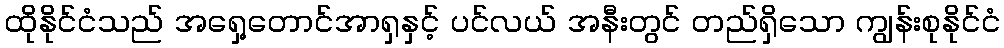
ထိုနိုင်ငံသည် အရှေ့တောင်အာရှနှင့် ပင်လယ် အနီးတွင် တည်ရှိသော ကျွန်းစုနိုင်ငံ